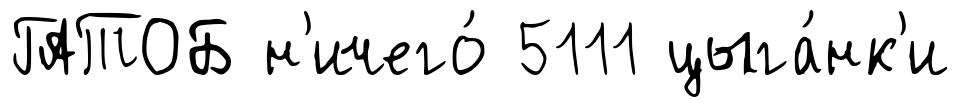
ГАТОБ н'ичего́ 5111 цыга́нк'и